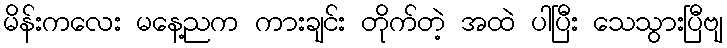
မိန်းကလေး မနေ့ညက ကားချင်း တိုက်တဲ့ အထဲ ပါပြီး သေသွားပြီဗျ